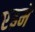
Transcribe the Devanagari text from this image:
एइमे